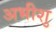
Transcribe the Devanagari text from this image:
अभीशु